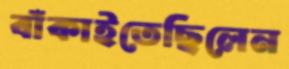
বাঁকাইতেছিলেন